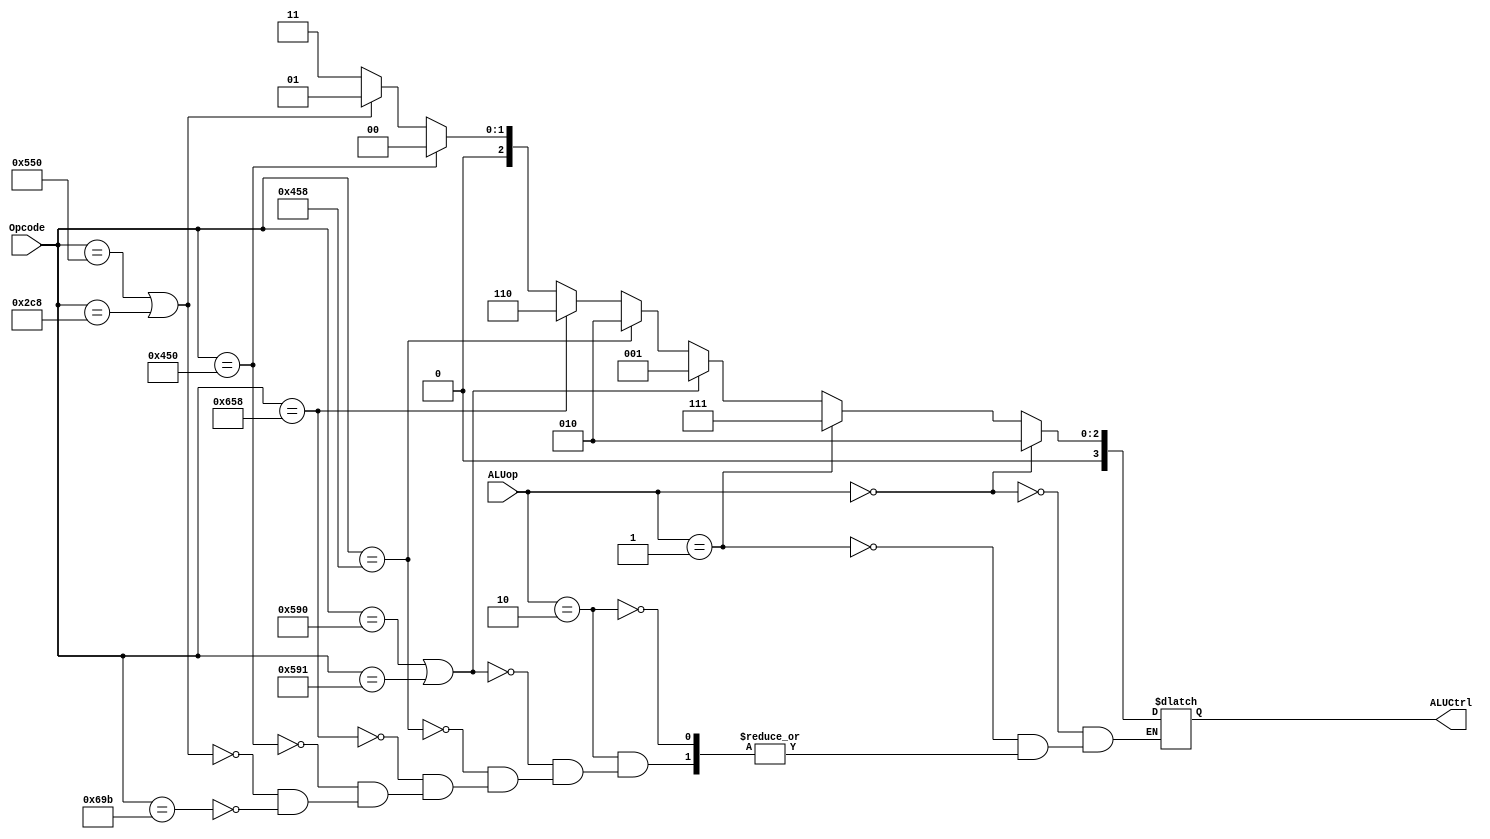
`timescale 1ns / 1ps

module ALUControl(ALUCtrl, ALUop, Opcode);

     input [10:0] Opcode; // 11 bit input
     input [1:0] ALUop; // 2 bit input 
     output reg [3:0] ALUCtrl; // the output to the ALU
     
     always @(*) begin
     	if(ALUop == 2'b00) begin // for LDUR and STUR
     		ALUCtrl <= #2 4'b0010; // add code
     	end
     	else if(ALUop == 2'b01) begin // CBZ instruction
     		ALUCtrl <= #2 4'b0111; // passB code
     	end
     	else if(ALUop == 2'b10) begin
               if(Opcode == 11'b10110010000 || Opcode == 11'b10110010001) begin // ORRI 
                    ALUCtrl <= #2 4'b0001; // Left shift control
               end 
     		else if(Opcode == 11'b10001011000) begin // ADD 
     			ALUCtrl <= #2 4'b0010; // add ctrl
     		end
     		else if(Opcode == 11'b11001011000) begin // SUB 
     			ALUCtrl <= #2 4'b0110; // subtract ctrl
     		end
     		else if(Opcode == 11'b10001010000) begin // AND
     			ALUCtrl <= #2 4'b0000; // AND ctrl
     		end
     		else if(Opcode == 11'b10101010000 || Opcode == 10'b1011001000) begin // OR and ORRI
     			ALUCtrl <= #2 4'b0001; // OR ctrl
     		end
               else if(Opcode == 11'b11010011011) begin // LSL
                    ALUCtrl <= #2 4'b0011; // Left shift control
               end
     	end
     end 

endmodule